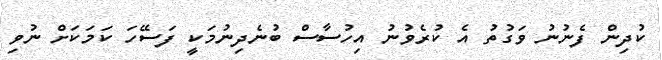
ކުދިން ފެނުނު ވަގުތު އެ ކުރެވުނު އިހުސާސް ބުނެދިނުމަކީ ފަސޭހަ ކަމަކަށް ނުވި